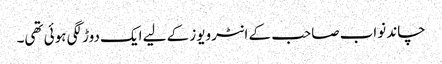
چاند نواب صاحب کے انٹرویوز کے لیے ایک دوڑ لگی ہوئی تھی۔